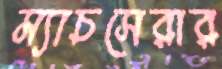
ম্যাচসেরার